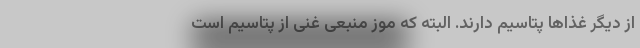
از دیگر غذا‌ها پتاسیم دارند. البته که موز منبعی غنی از پتاسیم است